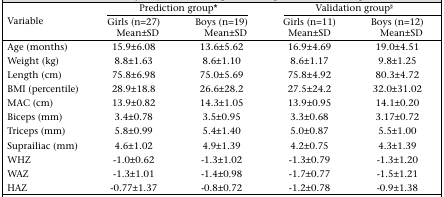
<table><thead><tr><td rowspan="2"><b>Variable</b></td><td colspan="2"><b>Prediction group*</b></td><td colspan="2"><b>Validation group§</b></td></tr><tr><td><b>Girls (n=27) Mean±SD</b></td><td><b>Boys (n=19) Mean±SD</b></td><td><b>Girls (n=11) Mean±SD</b></td><td><b>Boys (n=12) Mean±SD</b></td></tr></thead><tbody><tr><td>Age (months)</td><td>15.9±6.08</td><td>13.6±5.62</td><td>16.9±4.69</td><td>19.0±4.51</td></tr><tr><td>Weight (kg)</td><td>8.8±1.63</td><td>8.6±1.10</td><td>8.6±1.17</td><td>9.8±1.25</td></tr><tr><td>Length (cm)</td><td>75.8±6.98</td><td>75.0±5.69</td><td>75.8±4.92</td><td>80.3±4.72</td></tr><tr><td>BMI (percentile)</td><td>28.9±18.8</td><td>26.6±28.2</td><td>27.5±24.2</td><td>32.0±31.02</td></tr><tr><td>MAC (cm)</td><td>13.9±0.82</td><td>14.3±1.05</td><td>13.9±0.95</td><td>14.1±0.20</td></tr><tr><td>Biceps (mm)</td><td>3.4±0.78</td><td>3.5±0.95</td><td>3.3±0.68</td><td>3.17±0.72</td></tr><tr><td>Triceps (mm)</td><td>5.8±0.99</td><td>5.4±1.40</td><td>5.0±0.87</td><td>5.5±1.00</td></tr><tr><td>Suprailiac (mm)</td><td>4.6±1.02</td><td>4.9±1.39</td><td>4.2±0.75</td><td>4.3±1.39</td></tr><tr><td>WHZ</td><td>-1.0±0.62</td><td>-1.3±1.02</td><td>-1.3±0.79</td><td>-1.3±1.20</td></tr><tr><td>WAZ</td><td>-1.3±1.01</td><td>-1.4±0.98</td><td>-1.7±0.77</td><td>-1.5±1.21</td></tr><tr><td>HAZ</td><td>-0.77±1.37</td><td>-0.8±0.72</td><td>-1.2±0.78</td><td>-0.9±1.38</td></tr></tbody></table>